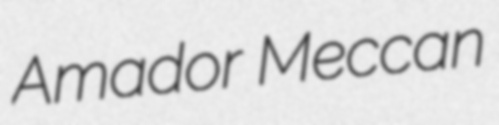
Amador Meccan